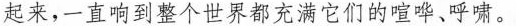
起来，一直响到整个世界都充满它们的喧哗、呼啸。